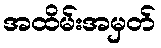
အထိမ်းအမှတ်